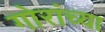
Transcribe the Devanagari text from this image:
गोरांच्या